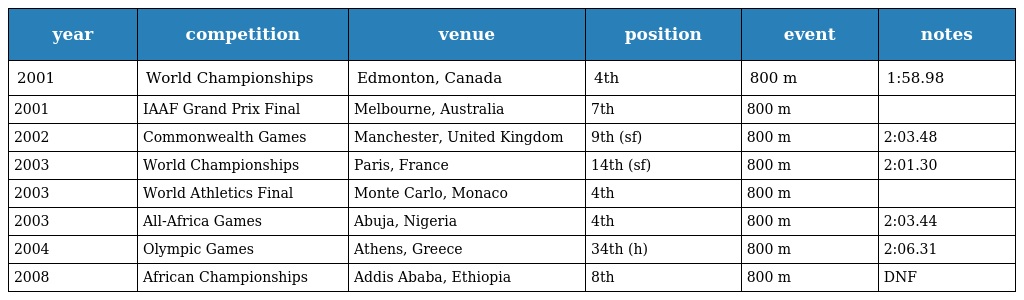
| year | competition | venue | position | event | notes |
 | --- | --- | --- | --- | --- | --- |
 | 2001 | World Championships | Edmonton, Canada | 4th | 800 m | 1:58.98 |
 | 2001 | IAAF Grand Prix Final | Melbourne, Australia | 7th | 800 m |  |
 | 2002 | Commonwealth Games | Manchester, United Kingdom | 9th (sf) | 800 m | 2:03.48 |
 | 2003 | World Championships | Paris, France | 14th (sf) | 800 m | 2:01.30 |
 | 2003 | World Athletics Final | Monte Carlo, Monaco | 4th | 800 m |  |
 | 2003 | All-Africa Games | Abuja, Nigeria | 4th | 800 m | 2:03.44 |
 | 2004 | Olympic Games | Athens, Greece | 34th (h) | 800 m | 2:06.31 |
 | 2008 | African Championships | Addis Ababa, Ethiopia | 8th | 800 m | DNF |